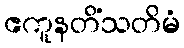
ဧကူနတိံသတိမံ